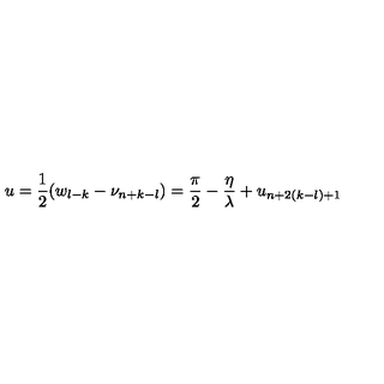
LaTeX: u = \frac { 1 } { 2 } ( w _ { l - k } - \nu _ { n + k - l } ) = \frac { \pi } { 2 } - \frac { \eta } { \lambda } + u _ { n + 2 ( k - l ) + 1 }